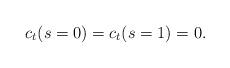
LaTeX: \begin{align*} c_t(s=0)=c_t(s=1)=0.\end{align*}